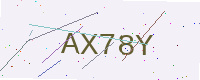
Text: AX78Y